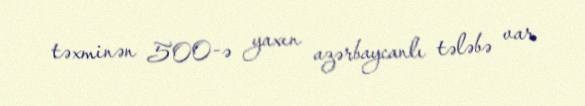
təxminən 500-ə yaxın azərbaycanlı tələbə var.